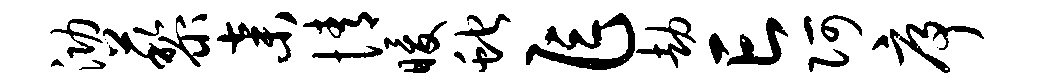
泐藜弃情暖蛇乍劫亡阿序